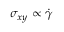
\sigma _ { x y } \propto \dot { \gamma }